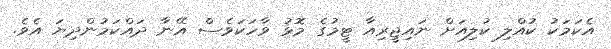
އެކަމަކު ކުއްލި ކުލިއަށް ނައިޖީރިއާ ޓީމުގެ މޮޅު ވާހަކަވެސް އޭނާ ދައްކަމުންދިޔަ އެވެ.